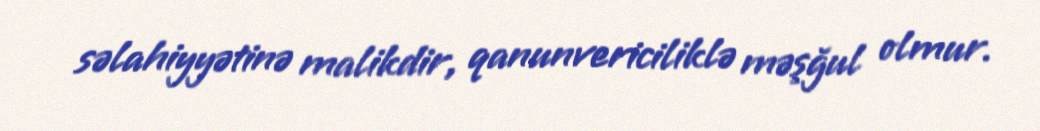
səlahiyyətinə malikdir, qanunvericiliklə məşğul olmur.